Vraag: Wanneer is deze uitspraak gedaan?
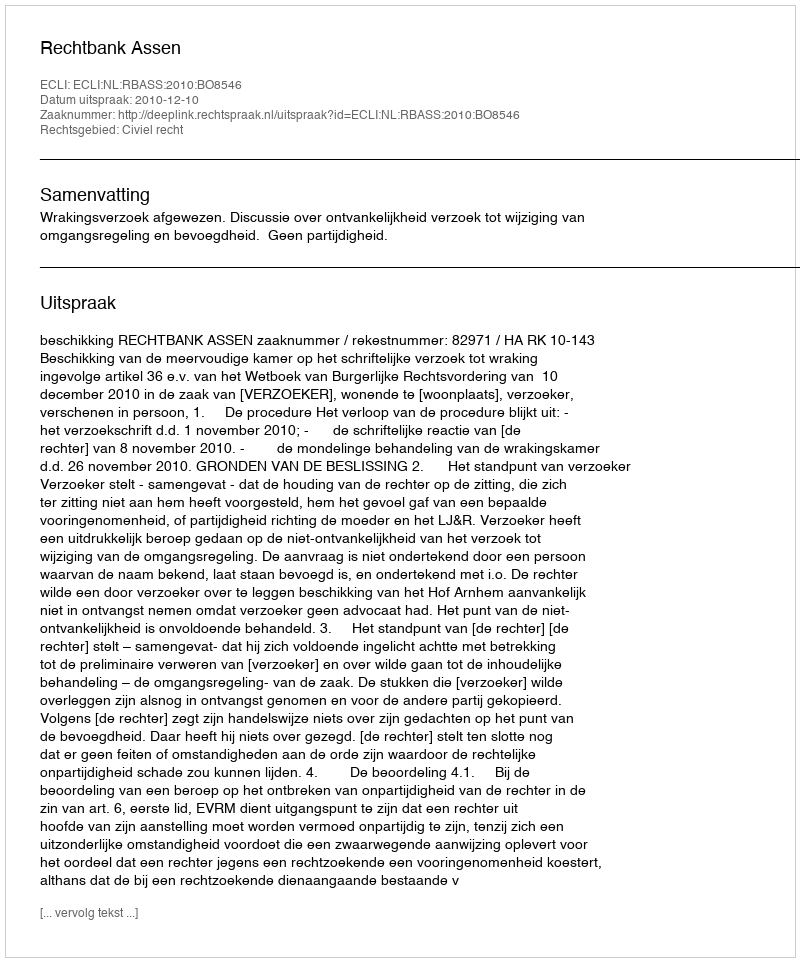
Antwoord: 2010-12-10